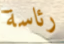
رئاسة